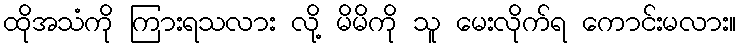
ထိုအသံကို ကြားရသလား လို့ မိမိကို သူ မေးလိုက်ရ ကောင်းမလား။